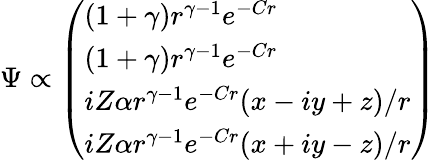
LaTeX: \Psi\propto{\left(\begin{array}{l}{(1+\gamma)r^{\gamma-1}e^{-Cr}}\\ {(1+\gamma)r^{\gamma-1}e^{-Cr}}\\ {iZ\alpha r^{\gamma-1}e^{-Cr}(x-iy+z)/r}\\ {iZ\alpha r^{\gamma-1}e^{-Cr}(x+iy-z)/r}\end{array}\right)}